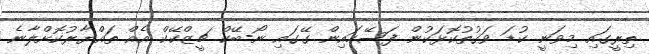
ތިރީގައި މިވަނީ ކުޑަ ވަގުތުކޮޅަކުން ފަސޭހައިން ގޭގައި ނޯ-ބޭކް ޗީޒްކޭކް އެއް ތައްޔާރުކޮށްލާނެ